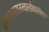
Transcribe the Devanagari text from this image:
प्रमाणनयतत्वालोकालंकार